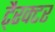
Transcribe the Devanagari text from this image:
टै्रक्टर